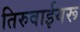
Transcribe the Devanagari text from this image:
तिरुवाईयरू